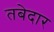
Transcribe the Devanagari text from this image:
तबेदार